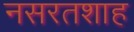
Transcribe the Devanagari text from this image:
नसरतशाह